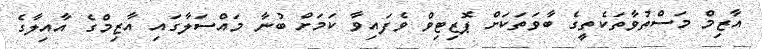
އާޒިމް މަސްތުވާތަކެތީގެ ބާވަތަކަށް ޕޮޒިޓިވް ވެފައިވާ ކަމަށް ބުނާ މައްސަލާގައި އާޒިމްގެ އާއިލާގެ